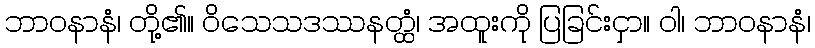
ဘာဝနာနံ၊ တို့၏။ ဝိသေသဒဿနတ္ထံ၊ အထူးကို ပြခြင်းငှာ။ ဝါ၊ ဘာဝနာနံ၊